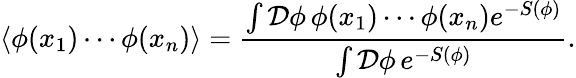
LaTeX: \langle\phi(x_{1})\cdots\phi(x_{n})\rangle=\frac{\int\mathcal{D}\phi\, \phi(x_{1})\cdots\phi(x_{n})e^{-S(\phi)}}{\int\mathcal{D}\phi\, e^{-S(\phi)}}.